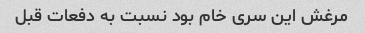
مرغش این سری خام بود نسبت به دفعات قبل